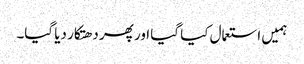
ہمیں استعمال کیا گیا اور پھر دھتکار دیا گیا۔